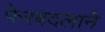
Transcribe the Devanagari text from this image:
फेरबदलाने